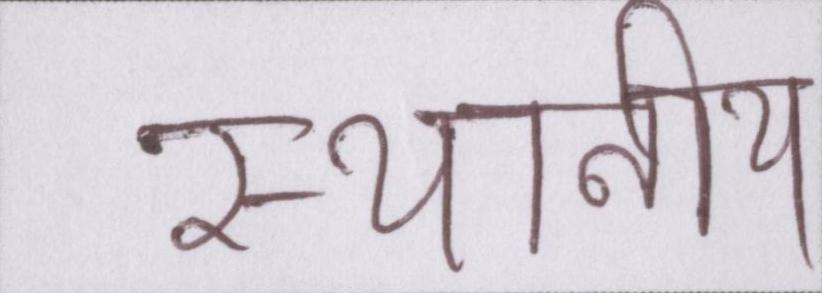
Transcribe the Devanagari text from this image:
स्थानीय